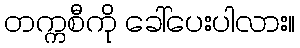
တက္ကစီကို ခေါ်ပေးပါလား။